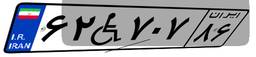
۲۴W۸۴۴۷۲